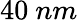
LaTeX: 40~nm